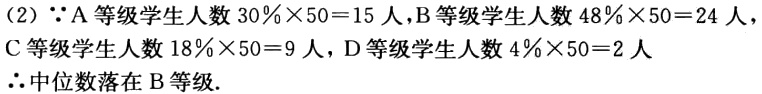
（2）\(\because\)A等级学生人数\(30\%\times50 = 15\)人，B等级学生人数\(48\%\times50 = 24\)人，C等级学生人数\(18\%\times50 = 9\)人，D等级学生人数\(4\%\times50 = 2\)人
\(\therefore\)中位数落在B等级.